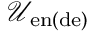
\mathcal { U } _ { \mathrm { e n ( d e ) } }